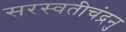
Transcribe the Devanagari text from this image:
सरस्वतीचंद्रनु